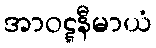
အာဝဋ္ဋနီမာယံ